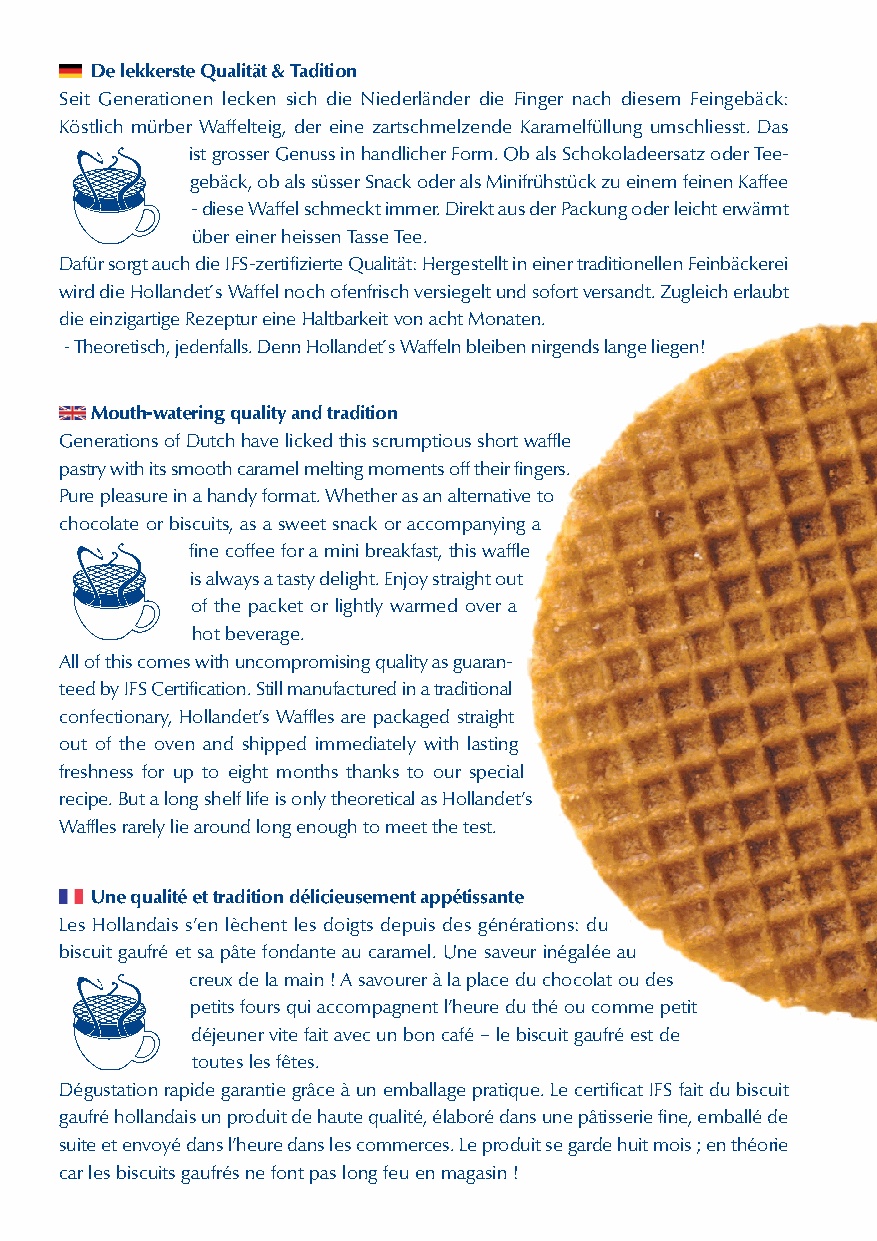
DelekkersteQualität&Tadition
 Seit Generationen lecken sich die Niederländer die Finger nach diesem Feingebäck:
 Köstlich mürber Waffelteig, der eine zartschmelzende Karamelfüllung umschliesst. Das
 istgrosserGenussinhandlicherForm.ObalsSchokoladeersatzoderTee-
 gebäck,obalssüsserSnackoderalsMinifrühstückzueinemfeinenKaffee
 -dieseWaffelschmecktimmer.DirektausderPackungoderleichterwärmt
 übereinerheissenTasseTee.
 DafürsorgtauchdieIFS-zertifizierteQualität:HergestelltineinertraditionellenFeinbäckerei
 wirddieHollandet´sWaffelnochofenfrischversiegeltundsofortversandt.Zugleicherlaubt
 dieeinzigartigeRezeptureineHaltbarkeitvonachtMonaten.
 -Theoretisch,jedenfalls.DennHollandet´sWaffelnbleibennirgendslangeliegen!
 Mouth-wateringqualityandtradition
 GenerationsofDutchhavelickedthisscrumptiousshortwaffle
 pastrywithitssmoothcaramelmeltingmomentsofftheirfingers.
 Purepleasureinahandyformat.Whetherasanalternativeto
 chocolate or biscuits, as a sweet snack or accompanying a
 finecoffeeforaminibreakfast,thiswaffle
 isalwaysatastydelight.Enjoystraightout
 of the packet or lightly warmed over a
 hotbeverage.
 Allofthiscomeswithuncompromisingqualityasguaran-
 teedbyIFSCertification.Stillmanufacturedinatraditional
 confectionary, Hollandet’s Waffles are packaged straight
 out of the oven and shipped immediately with lasting
 freshness for up to eight months thanks to our special
 recipe.ButalongshelflifeisonlytheoreticalasHollandet’s
 Wafflesrarelyliearoundlongenoughtomeetthetest.
 Unequalitéettraditiondélicieusementappétissante
 Les Hollandais s’en lèchent les doigts depuis des générations: du
 biscuit gaufré et sa pâte fondante au caramel. Une saveur inégalée au
 creuxdelamain!Asavoureràlaplaceduchocolatoudes
 petitsfoursquiaccompagnentl’heureduthéoucommepetit
 déjeunervitefaitavecunboncafé–lebiscuitgaufréestde
 touteslesfêtes.
 Dégustationrapidegarantiegrâceàunemballagepratique.LecertificatIFSfaitdubiscuit
 gaufréhollandaisunproduitdehautequalité,élaborédansunepâtisseriefine,emballéde
 suiteetenvoyédansl’heuredanslescommerces.Leproduitsegardehuitmois;enthéorie
 carlesbiscuitsgaufrésnefontpaslongfeuenmagasin!